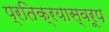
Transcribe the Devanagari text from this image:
प्रतिक्रयास्वरूप